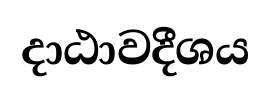
දාඨාවදීශය